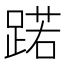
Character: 蹃